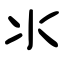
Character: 氺